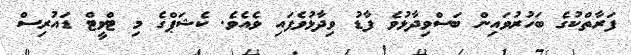
ފަރާތްކުގެ ބަހުރުވައިން ބަސްވިދާޅުވެ ފާޑު ވިދާޅުވެފައި ވެއެވެ. ކެޝަޕްގެ މި ޓްވީޓް ޑައުރިސް